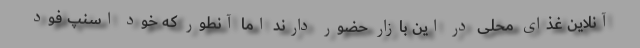
آنلاین غذای محلی در این بازار حضور دارند اما آنطور که خود اسنپ فود